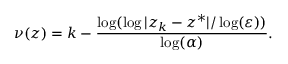
\nu ( z ) = k - { \frac { \log ( \log | z _ { k } - z ^ { * } | / \log ( \varepsilon ) ) } { \log ( \alpha ) } } .